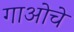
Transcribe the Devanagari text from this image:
गाओचे